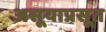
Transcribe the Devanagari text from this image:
असूयाप्रसूत